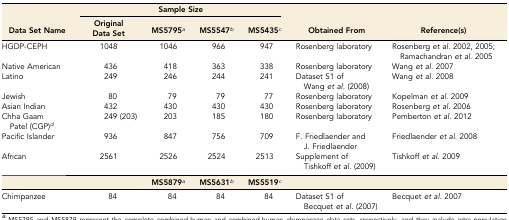
<table><thead><tr><td></td><td colspan="4"><b>Sample Size</b></td><td></td><td></td></tr><tr><td><b>Data Set Name</b></td><td><b>Original Data Set</b></td><td><b>MS5795<i><sup>a</sup></i></b></td><td><b>MS5547<i><sup>b</sup></i></b></td><td><b>MS5435<i><sup>c</sup></i></b></td><td><b>Obtained From</b></td><td><b>Reference(s)</b></td></tr></thead><tbody><tr><td>HGDP-CEPH</td><td>1048</td><td>1046</td><td>966</td><td>947</td><td>Rosenberg laboratory</td><td>Rosenberg <i>et al.</i> 2002, 2005; Ramachandran <i>et al.</i> 2005</td></tr><tr><td>Native American</td><td>436</td><td>418</td><td>363</td><td>338</td><td>Rosenberg laboratory</td><td>Wang <i>et al.</i> 2007</td></tr><tr><td rowspan="2">Latino</td><td rowspan="2">249</td><td rowspan="2">246</td><td rowspan="2">244</td><td rowspan="2">241</td><td>Dataset S1 of</td><td rowspan="2">Wang <i>et al.</i> 2008</td></tr><tr><td>Wang <i>et al.</i> (2008)</td></tr><tr><td>Jewish</td><td>80</td><td>79</td><td>79</td><td>77</td><td>Rosenberg laboratory</td><td>Kopelman <i>et al.</i> 2009</td></tr><tr><td>Asian Indian</td><td>432</td><td>430</td><td>430</td><td>430</td><td>Rosenberg laboratory</td><td>Rosenberg <i>et al.</i> 2006</td></tr><tr><td>Chha Gaam Patel (CGP)<i><sup>d</sup></i></td><td>249 (203)</td><td>203</td><td>185</td><td>180</td><td>Rosenberg laboratory</td><td>Pemberton <i>et al.</i> 2012</td></tr><tr><td rowspan="2">Pacific Islander</td><td rowspan="2">936</td><td rowspan="2">847</td><td rowspan="2">756</td><td rowspan="2">709</td><td>F. Friedlaender and</td><td rowspan="2">Friedlaender <i>et al.</i> 2008</td></tr><tr><td>J. Friedlaender</td></tr><tr><td>African</td><td>2561</td><td>2526</td><td>2524</td><td>2513</td><td>Supplement of Tishkoff <i>et al.</i> (2009)</td><td>Tishkoff <i>et al.</i> 2009</td></tr><tr><td></td><td></td><td><b>MS5879</b><i><sup>a</sup></i></td><td><b>MS5631</b><i><sup>b</sup></i></td><td><b>MS5519</b><i><sup>c</sup></i></td><td></td><td></td></tr><tr><td rowspan="2">Chimpanzee</td><td rowspan="2">84</td><td rowspan="2">84</td><td rowspan="2">84</td><td rowspan="2">84</td><td>Dataset S1 of</td><td rowspan="2">Becquet <i>et al.</i> 2007</td></tr><tr><td>Becquet <i>et al.</i> (2007)</td></tr></tbody></table>